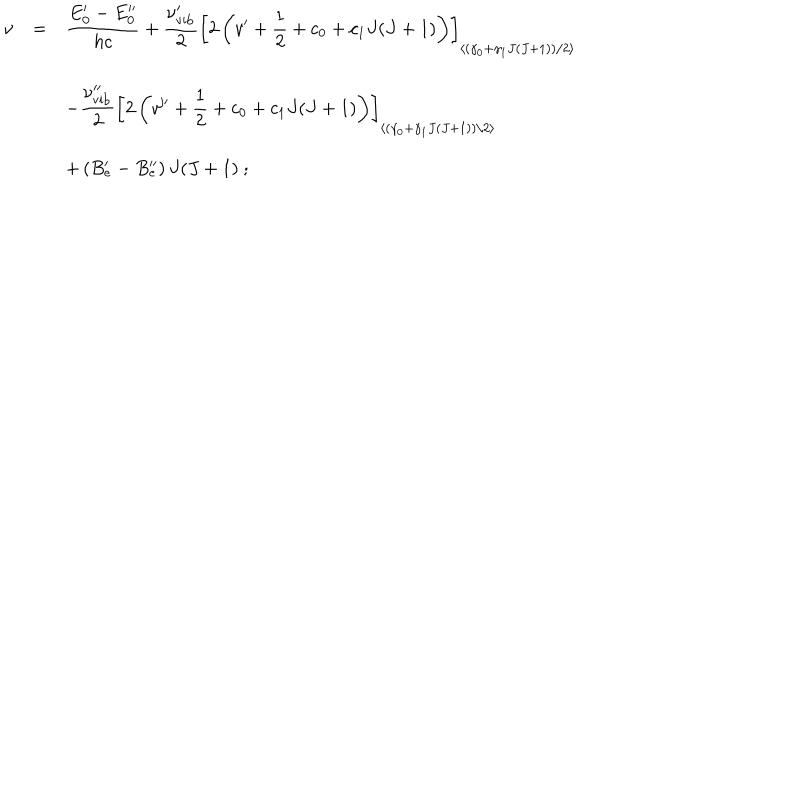
\begin{array} { r c l } { { \nu } } & { { = } } & { { \displaystyle \frac { E _ { 0 } ^ { \prime } - E _ { 0 } ^ { \prime \prime } } { h c } + \displaystyle \frac { \nu _ { \mathrm { v i b } } ^ { \prime } } { 2 } \left[ 2 \left( v ^ { \prime } + { \frac { 1 } { 2 } } + c _ { 0 } + c _ { 1 } J ( J + 1 ) \right) \right] _ { \left< \left( \gamma _ { 0 } + \gamma _ { 1 } J ( J + 1 ) \right) / 2 \right> } } } \\ { { } } & { { } } & { { - \displaystyle \frac { \nu _ { \mathrm { v i b } } ^ { \prime \prime } } { 2 } \left[ 2 \left( v ^ { \prime \prime } + { \frac { 1 } { 2 } } + c _ { 0 } + c _ { 1 } J ( J + 1 ) \right) \right] _ { \left< \left( \gamma _ { 0 } + \gamma _ { 1 } J ( J + 1 ) \right) / 2 \right> } } } \\ { { } } & { { } } & { { + \left( B _ { e } ^ { \prime } - B _ { e } ^ { \prime \prime } \right) J ( J + 1 ) ~ ; } } \\ \end{array}